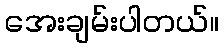
အေးချမ်းပါတယ်။